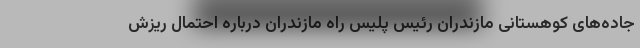
جاده‌های کوهستانی مازندران رئیس پلیس راه مازندران درباره احتمال ریزش